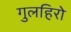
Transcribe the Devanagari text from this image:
गुलहिरो